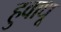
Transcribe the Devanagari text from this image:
हुवाधू